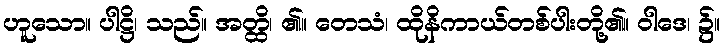
ဟူသော။ ပါဋ္ဌိ၊ သည်။ အတ္ထိ၊ ၏။ တေသံ၊ ထိုနိကာယ်တစ်ပါးတို့၏။ ဝါဒေ၊ ၌။